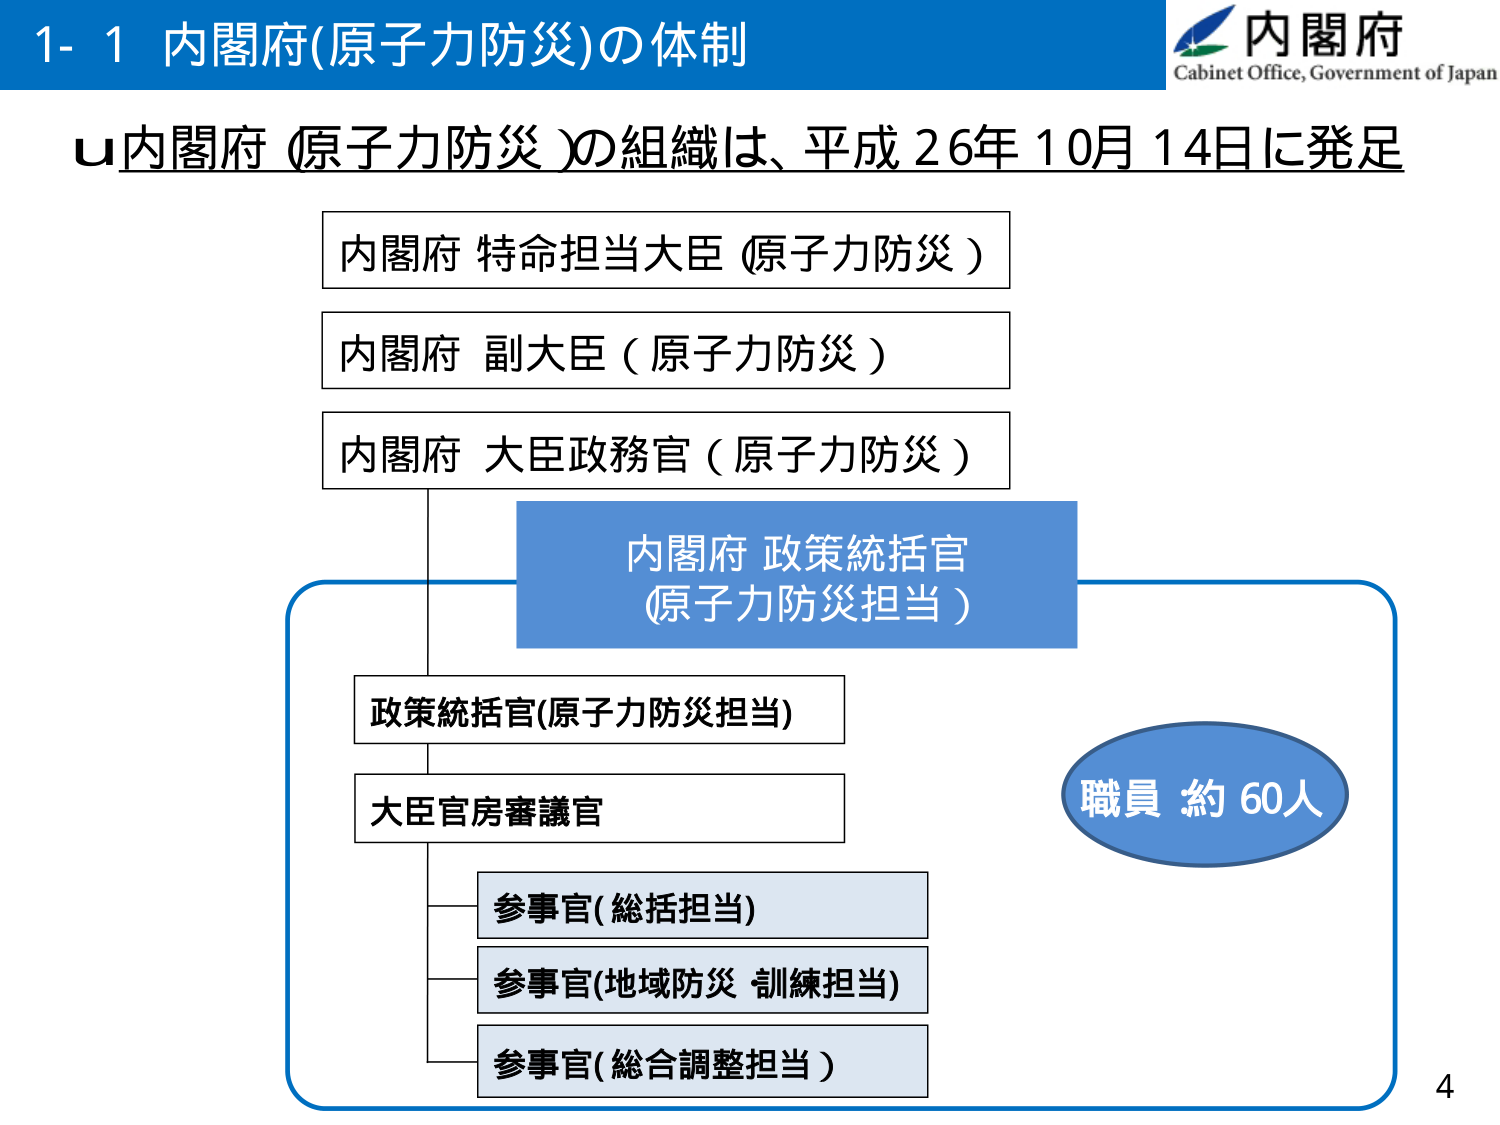
1-1 内閣府(原子力防災)の体制
内閣府 Cabinet Office, Government of Japan
u内閣府（原子力防災）の組織は、平成26年10月14日に発足
内閣府 特命担当大臣（原子力防災）
内閣府 副大臣（原子力防災）
内閣府 大臣政務官（原子力防災）
内閣府 政策統括官
（原子力防災担当）
政策統括官(原子力防災担当)
大臣官房審議官
参事官(総括担当)
参事官(地域防災 訓練担当)
参事官(総合調整担当)
職員 約60人
4